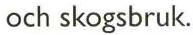
och skogsbruk.